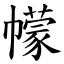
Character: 幪